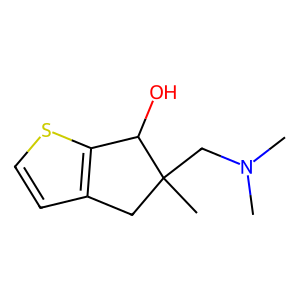
SMILES: CN(C)CC1(C)Cc2ccsc2C1O
Inhibits HIV replication: No